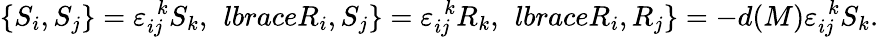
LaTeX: \lbrace S_{i},S_{j}\rbrace=\varepsilon_{ij}^{\ \ k}S_{k},\ \, lbraceR_{i},S_{j}\rbrace=\varepsilon_{ij}^{\ \ k}R_{k},\ \, lbraceR_{i},R_{j}\rbrace=-d(M)\varepsilon_{ij}^{\ \ k}S_{k}.